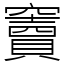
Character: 竇